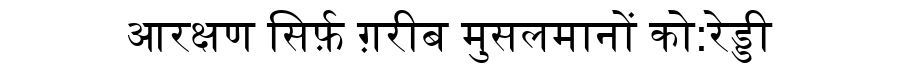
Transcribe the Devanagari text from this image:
आरक्षण सिर्फ़ ग़रीब मुसलमानों को:रेड्डी